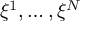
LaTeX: \xi ^ { 1 } , \dots , \xi ^ { N }